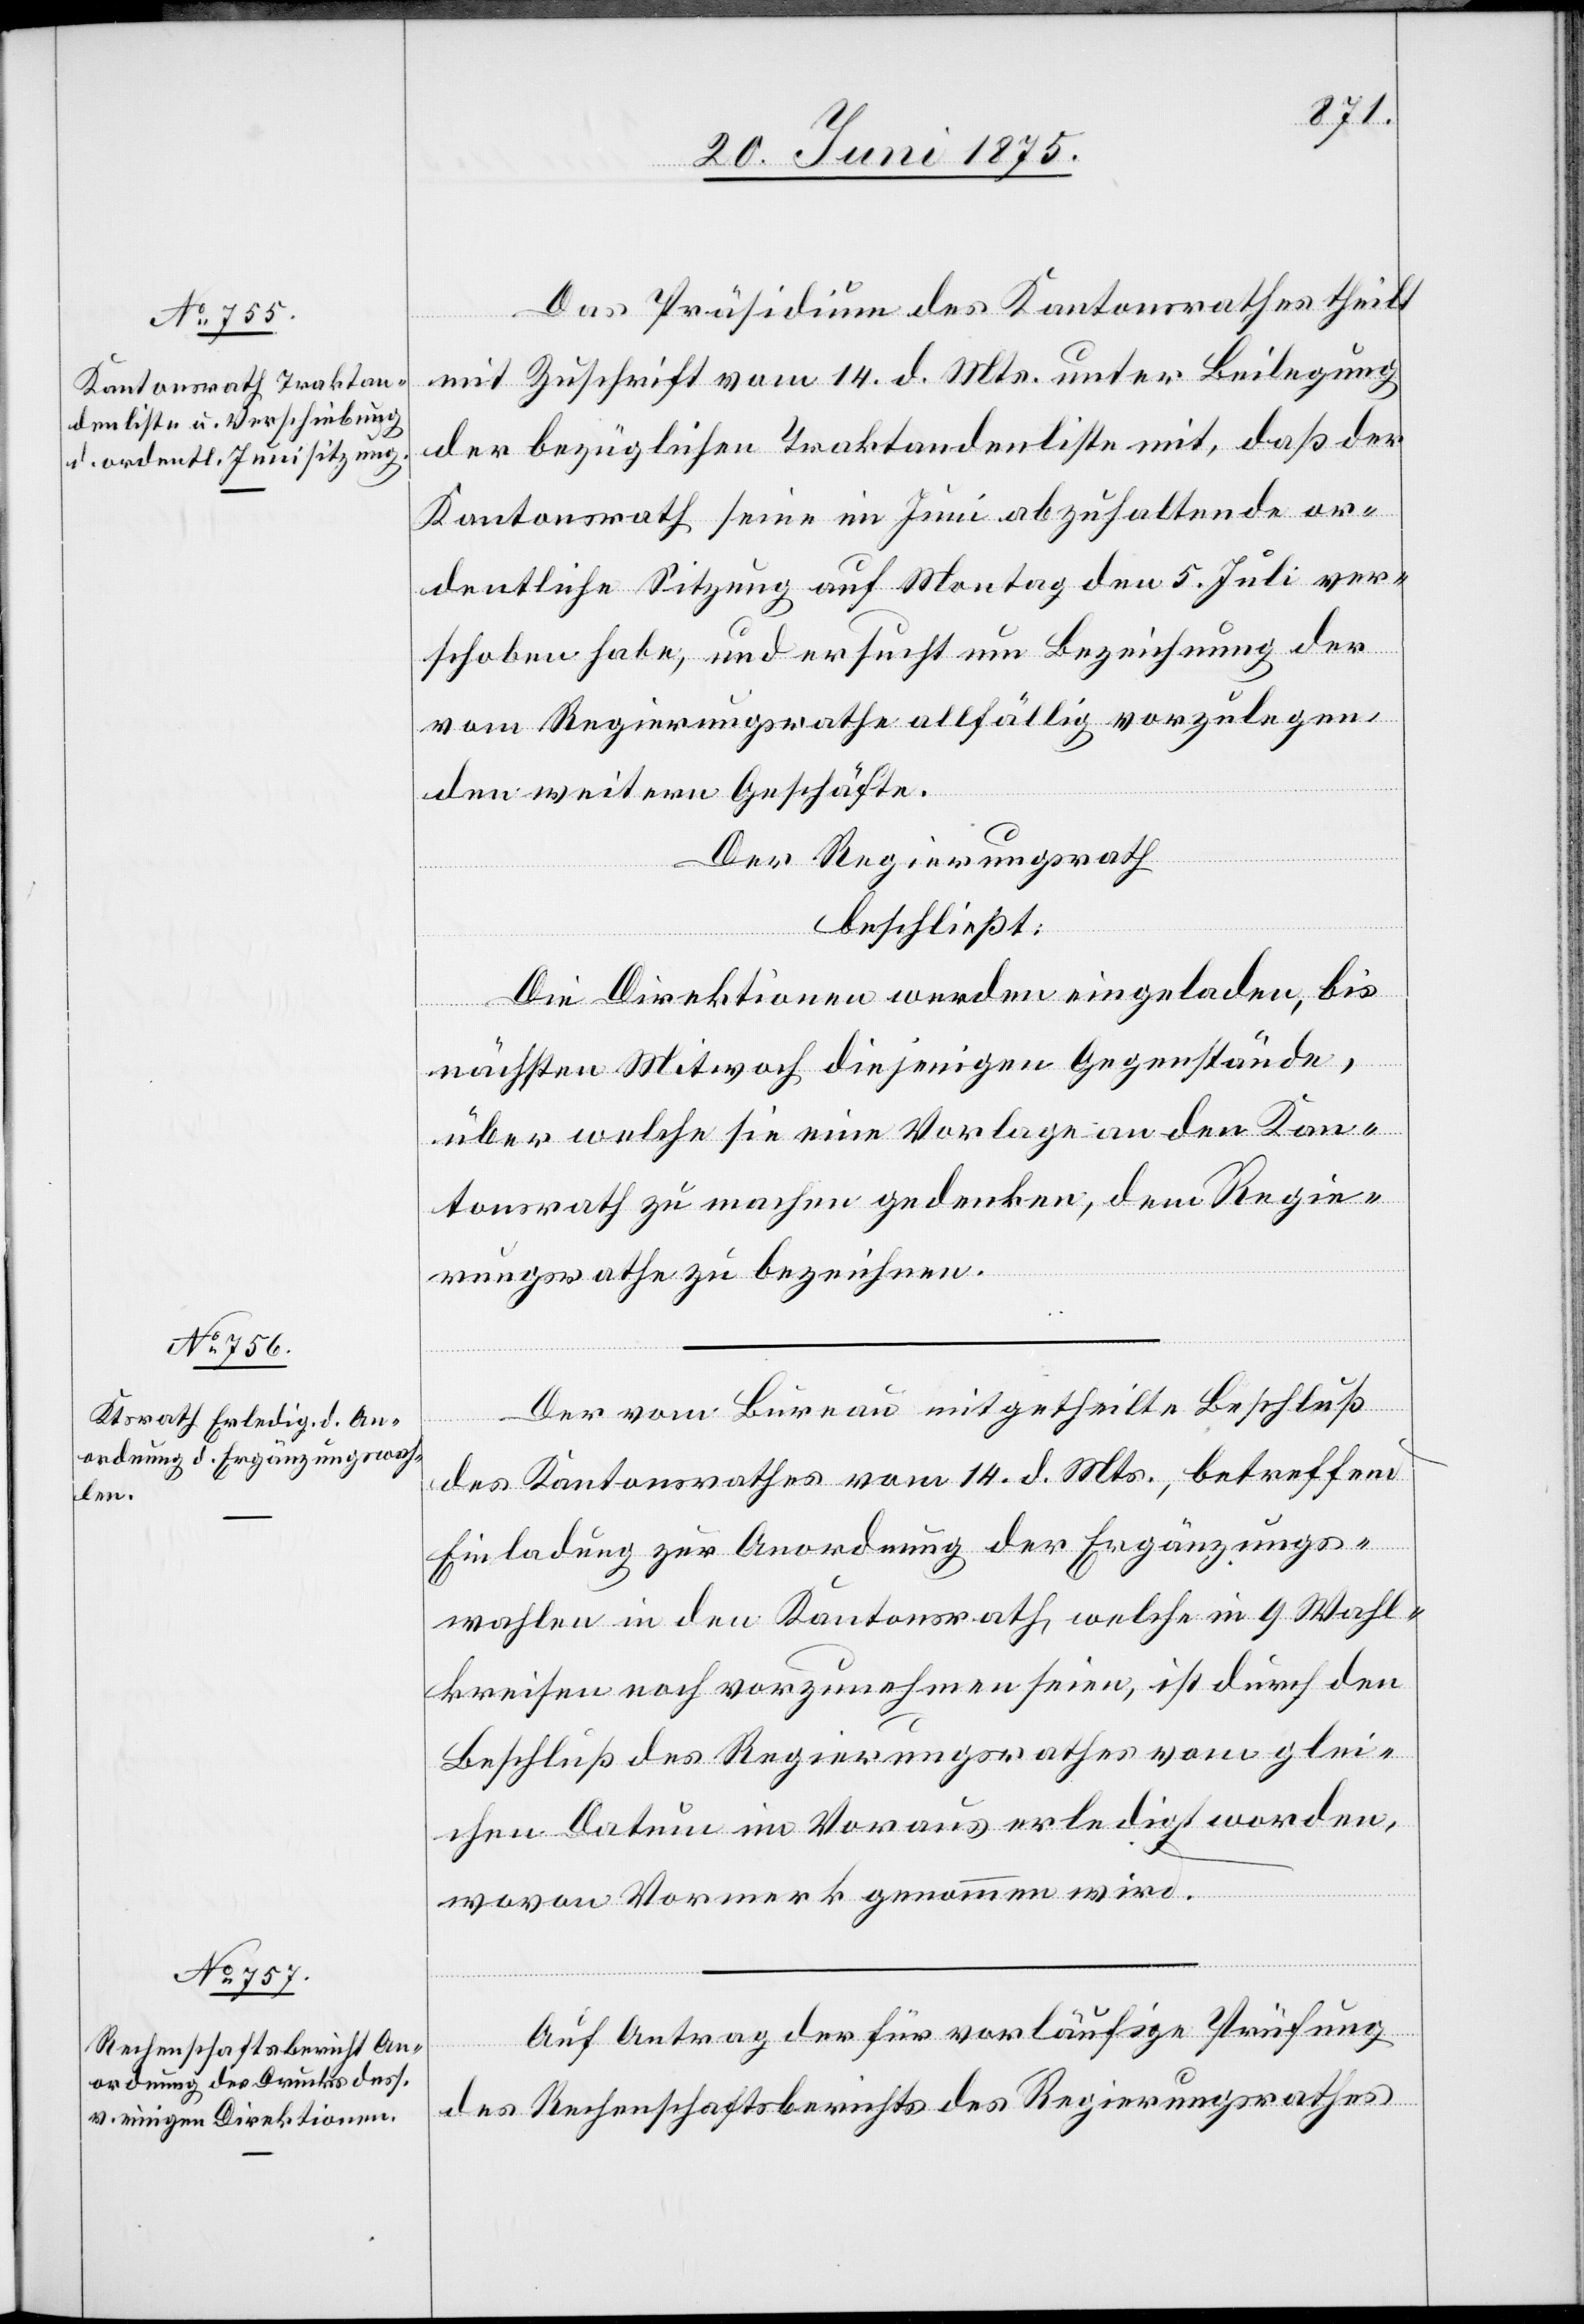
Das Präsidium des Kantonsrathes theilt
mit Zuschrift vom 14. d. Mts. unter Beilegung
der bezüglichen Traktandenliste mit, daß der
Kantonsrath seine im Juni abzuhaltende or¬
dentliche Sitzung auf Montag den 5. Juli ver¬
schoben habe, und ersucht um Bezeichnung der
vom Regierungsrathe allfällig vorzulegen¬
den weitern Geschäfte.
Der Regierungsrath
beschließt:
Die Direktionen werden eingeladen, bis
nächsten Mitwoch diejenigen Gegenstände,
über welche sie eine Vorlage an den Kan¬
tonsrath zu machen gedenken, dem Regie¬
rungsrathe zu bezeichnen.
Der vom Bureau mitgetheilte Beschluß
des Kantonsrathes vom 14. d. Mts., betreffend
Einladung zur Anordnung der Ergänzungs¬
wahlen in den Kantonsrath welche in 9 Wahl¬
kreisen noch vorzunehmen seien, ist durch den
Beschluß des Regierungsrathes vom glei¬
chen Datum im Voraus erledigt worden,
wovon Vormerk genommen wird.
Auf Antrag der für vorläufige Prüfung
des Rechenschaftsberichtes des Regierungsrathes